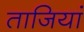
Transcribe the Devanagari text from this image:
ताजियां